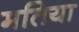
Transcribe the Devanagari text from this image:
मतिया